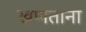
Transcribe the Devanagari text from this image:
खणताना